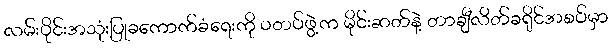
လမ်းပိုင်းအသုံးပြုခကောက်ခံရေးကို ဝတပ်ဖွဲ့က မိုင်းဆတ်နဲ့ တာချီလိတ်ခရိုင်အစပ်မှာ